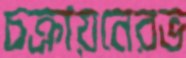
চক্রায়নেরভ